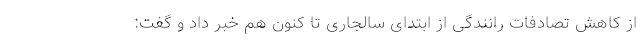
از کاهش تصادفات رانندگی از ابتدای سالجاری تا کنون هم خبر داد و گفت: